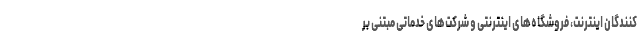
کنندگان اینترنت، فروشگاه‌های اینترنتی و شرکت‌های خدماتی مبتنی بر